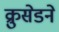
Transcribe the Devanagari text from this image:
क्रुसेडने